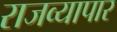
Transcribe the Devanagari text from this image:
राजव्यापार